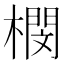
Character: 𣚾